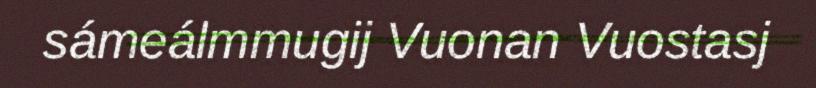
sámeálmmugij Vuonan Vuostasj